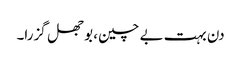
دن بہت بے چین، بوجھل گزرا۔